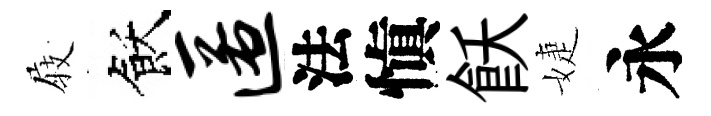
𡲆飫匿法愼飫婕永